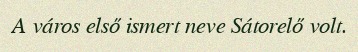
A város első ismert neve Sátorelő volt.